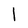
Character: 1